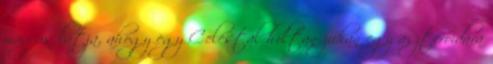
mágus látja, ahogy egy Celestal holtan zuhan egy aszteroidára